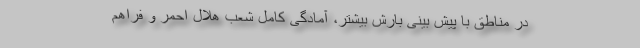
در مناطق با پیش بینی بارش بیشتر، آمادگی کامل شعب هلال احمر و فراهم